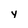
Character: y